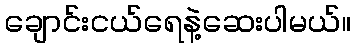
ချောင်းငယ်ရေနဲ့ဆေးပါမယ်။